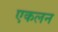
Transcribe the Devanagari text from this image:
एकलन